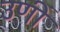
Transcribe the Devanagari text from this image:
उणीं